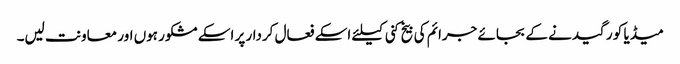
میڈیا کو رگیدنے کے بجائے جرائم کی بیخ کنی کیلئے اسکے فعال کردار پر اسکے مشکور ہوں اور معاونت لیں۔